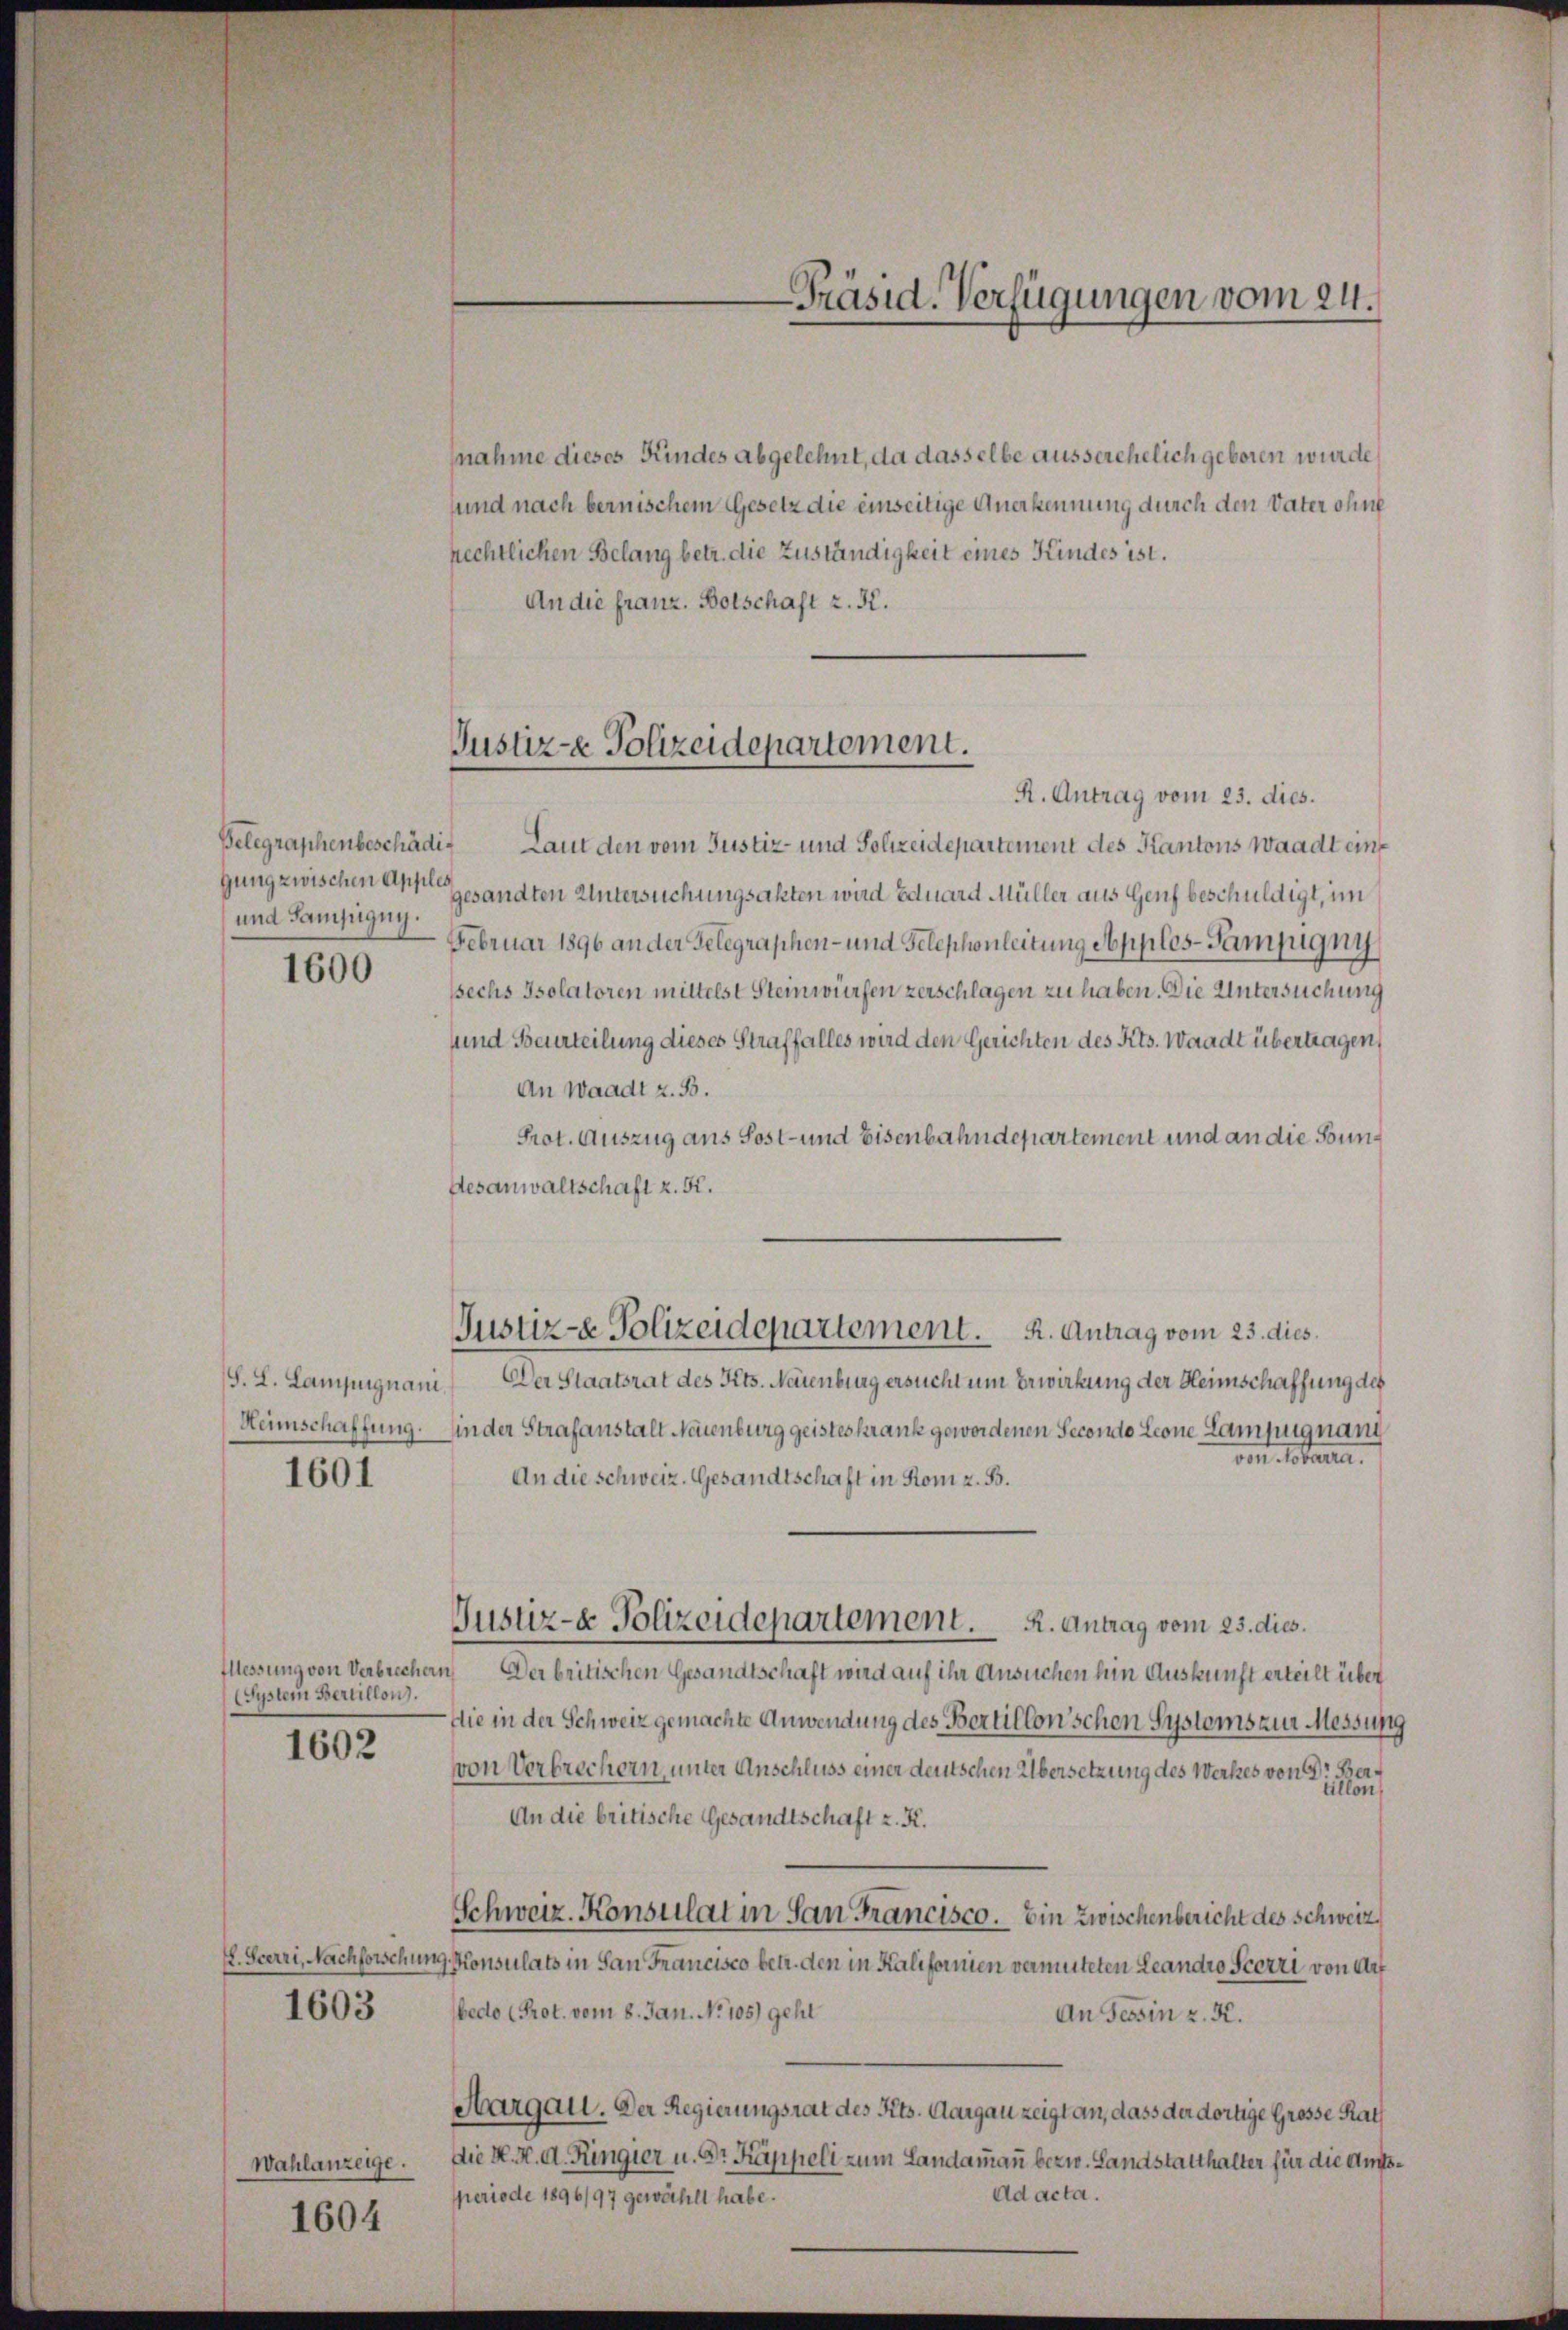
Belegraphenbeschädig
gung zwischen Apples
und Samjügny.
1600

S. L. Lampignani

1601

(System Bertillons.

1602

1603

Wahlanzeige.

1604

nahme dieses Kindes abgelehnt, da dasselbe ausserehelich geboren wurde,
sund nach bernischem Gesetz die einseitige Anerkennung durch den Vater ohne
rechtlichen Belang betr. die Zuständigkeit eines Kindes ist.
An die franz. Botschaft z. K.
R. Antrag vom 23. dies.
Laut den vom Justiz- und Polizeidepartement des Kantons Waadt eingesandten Untersuchungsakten wird Eduard Müller aus Genf beschuldigt, im
Februar 1896 an der Gelegraphen- und Telephonleitung Apples-Sampigni
sechs Isolatoren mittelst Steinwürfen zerschlagen zu haben. Die Untersuchung
und Beurteilung dieses Straffalles wird den Gerichten des Kts. Waadt übertragen,
An Waadt z. B.
Prot. Auszug aus Sost- und Eisenbahndepartement und an die Bun¬
Gesanwaltschaft z. B.
Der Staatsrat des Kts. Namenbrug ersucht um Erwirkung der Heimschaffung des
Heimschaffung in der Strafanstalt Neuenburg geisteskrank gewordenen Secondo Lione Lampignand
von Notaria.
An die Schweiz. Gesandtschaft in Rom z. B.
Justiz- & Polizeidepartement.
R. Antrag vom 23. dies.
Ellessung von Verbrechern Der britischen Gesandtschaft wird auf ihr Ansuchen hin Auskunft erteilt über
Die in der Schweiz gemachte Anwendung des Bertillon’schen Systoms zur Messung
von Verbrechern, unter Anschluss einer deutschen Übersetzung des Werkes von Dr. Berüllen,
An die britische Gesandtschaft z. K.
Schweiz. Konsulat in San Francisco. Ein zwischenbericht des Schweiz.
E. Sterri, Nachforschung Konsulats in San Francisco betr. den in Kalifornien vermuteten Leandro Seerri von der
bedo (Prot. vom 8. Jan. No 105) geht
An Tessin z. K.
Margau. Der Regierungsrat des Kts. Aargau zeigt an, dass der dortige Grosse Rath
Die K. H. d. Ringier u. Dr Kappeli zum Landammann bezw. Landstatthalter für die Amts¬
Ad acta.
periode 1896/97 gewählt habe.

Justiz- Polizeidepartement.

Justiz-e Polizeidepartement. K. Antrag vom 23. dies

Präsid. Verfügungen vom 24.